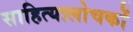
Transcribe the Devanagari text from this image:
साहित्यालोचकों